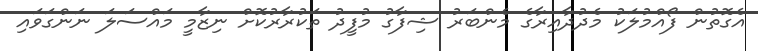
އެގޮތުން ފޯއްމުލަކު މެދުދާއިރާގެ މެންބަރު ޝިފާގު މުފީދު ތަކުރާރުކޮށް ނިޒާމީ މައްސަލަ ނަންގަވައި